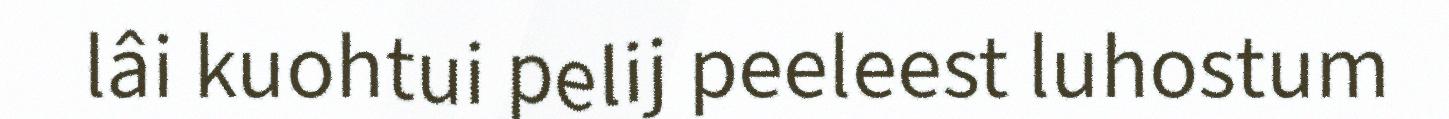
lâi kuohtui pelij peeleest luhostum